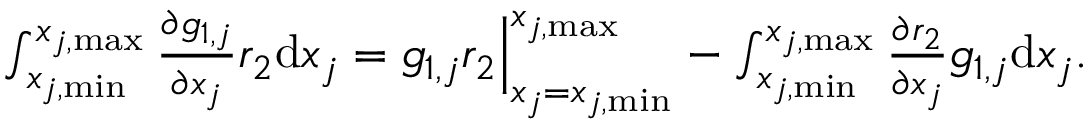
\begin{array} { r } { \int _ { x _ { j , \mathrm { m i n } } } ^ { x _ { j , \mathrm { m a x } } } { \frac { \partial g _ { 1 , j } } { \partial x _ { j } } r _ { 2 } } \mathrm { d } x _ { j } = g _ { 1 , j } r _ { 2 } \Big | _ { x _ { j } = x _ { j , \mathrm { m i n } } } ^ { x _ { j , \mathrm { m a x } } } - \int _ { x _ { j , \mathrm { m i n } } } ^ { x _ { j , \mathrm { m a x } } } { \frac { \partial r _ { 2 } } { \partial x _ { j } } g _ { 1 , j } } \mathrm { d } x _ { j } . } \end{array}